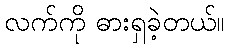
လက်ကို ဓားရှခဲ့တယ်။